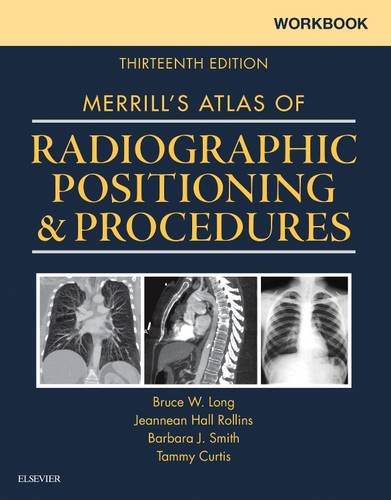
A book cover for Workbook for Merrill's Atlas of Radiographic Positioning and Procedures, 13e; Bruce W. Long MS  RT(R)(CV)  FASRT; Medical Books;